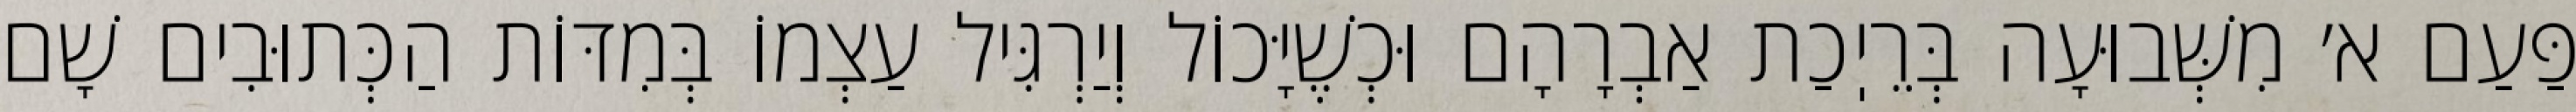
פַּעַם א׳ מִשְּׁבוּעָה בְּרֵיֽכַת אַבְרָהָם וּכְשֶׁיָּכוֹל וְיַרְגִּיל עַצְמוֹ בְּמִדּוֹת הַכְּתוּבִים שָׁם